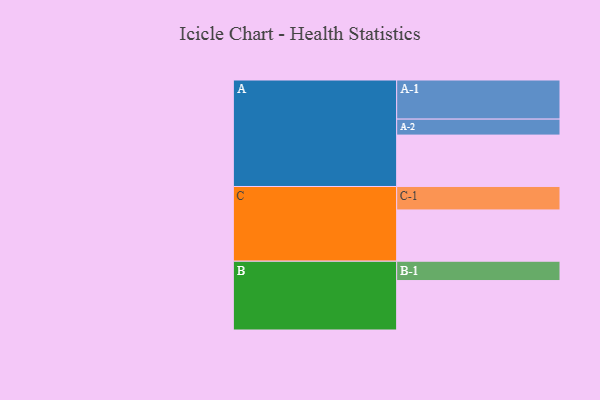
{"axis": {"x": "Segment", "y": "Value"}, "legend": ["", "A", "B", "C"], "data": [{"x": "A", "y": 364, "type": ""}, {"x": "B", "y": 350, "type": ""}, {"x": "C", "y": 363, "type": ""}, {"x": "A-1", "y": 277, "type": "A"}, {"x": "A-2", "y": 113, "type": "A"}, {"x": "B-1", "y": 137, "type": "B"}, {"x": "C-1", "y": 166, "type": "C"}]}